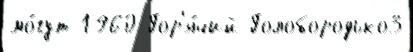
мо́гут 1960 Гор'я́чий Голобородько3